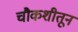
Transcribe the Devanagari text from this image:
चौकशीतून